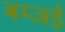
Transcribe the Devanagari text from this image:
बम्जई